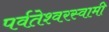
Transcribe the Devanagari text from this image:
पर्वतेश्‍वरस्वामी